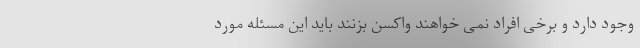
وجود دارد و برخی افراد نمی خواهند واکسن بزنند باید این مسئله مورد